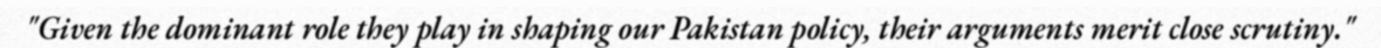
"Given the dominant role they play in shaping our Pakistan policy, their arguments merit close scrutiny."